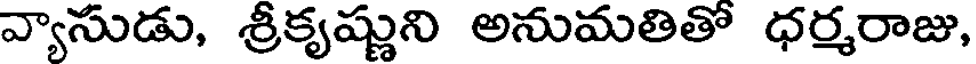
వ్యాసుడు, శ్రీకృష్ణుని అనుమతితో ధర్మరాజు,